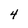
Character: 4